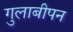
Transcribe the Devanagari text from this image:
गुलाबीपन